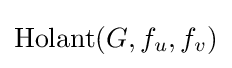
{\text{Holant}}(G,f_{u},f_{v})